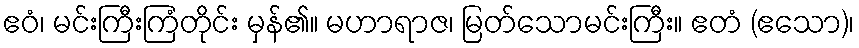
ဧဝံ၊ မင်းကြီးကြံတိုင်း မှန်၏။ မဟာရာဇ၊ မြတ်သောမင်းကြီး။ ဧတံ (ဧသော)၊